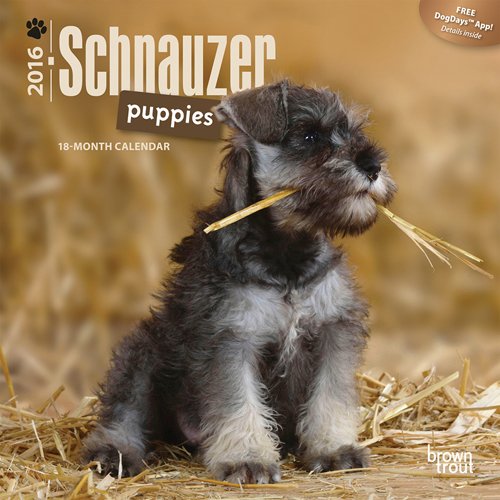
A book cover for Schnauzer Puppies 2016 Mini 7x7; Browntrout Publishers; Calendars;